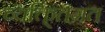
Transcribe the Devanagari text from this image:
व्यक्ति्तगत